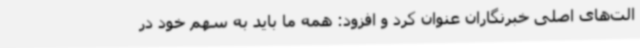
الت‌های اصلی خبرنگاران عنوان کرد و افزود: همه ما باید به سهم خود در